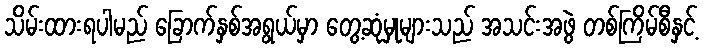
သိမ်းထားရပါမည် ခြောက်နှစ်အရွယ်မှာ တွေ့ဆုံမှုများသည် အသင်းအဖွဲ တစ်ကြိမ်စီနှင့်